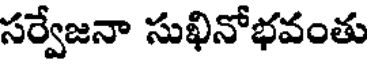
సర్వేజనా సుఖినోభవంతు